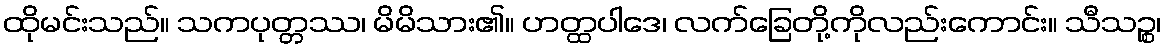
ထိုမင်းသည်။ သကပုတ္တဿ၊ မိမိသား၏။ ဟတ္ထပါဒေ၊ လက်ခြေတို့ကိုလည်းကောင်း။ သီသဉ္စ၊